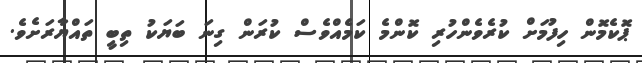
ޕޮކެމޮން ހިފުމަށް ކުރެވެންހުރި ކޮންމެ ކަމެއްވެސް ކުރަން ގިނަ ބަޔަކު ތިބީ ތައްޔާރަށެވެ.